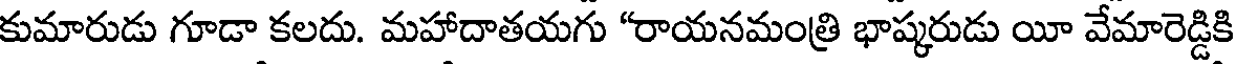
కుమారుడు గూడా కలదు. మహాదాతయగు "రాయనమంత్రి భాష్కరుడు యీ వేమారెడ్డికి